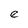
Character: e